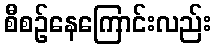
စီစဉ်နေကြောင်းလည်း